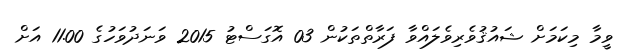
ވީމާ މިކަމަށް ޝައުޤުވެރިވެލައްވާ ފަރާތްތަކުން 03 އޮގަސްޓު 2015 ވަނަދުވަހުގެ 11.00 އަށް